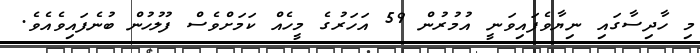
މި ހާދިސާގައި ނިޔާވެފައިވަނީ އުމުރުން 59 އަހަރުގެ މީހެއް ކަމަށްވެސް ފުލުހުން ބުނެފައިވެއެވެ.